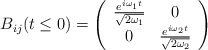
\begin{align*}B_{ij}(t\leq 0)=\left(\begin{array}{cc}\frac{e^{i\omega_1t}}{\sqrt{2\omega_1}}&0\\0&\frac{e^{i\omega_2t}}{\sqrt{2\omega_2}}\\\end{array}\right)\end{align*}